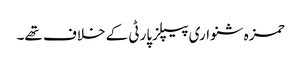
حمزہ شنواری پیپلزپارٹی کے خلاف تھے۔